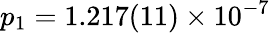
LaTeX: p_{1}=1.217(11)\times 10^{-7}